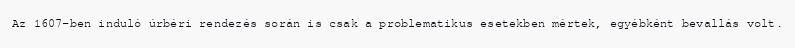
Az 1607-ben induló úrbéri rendezés során is csak a problematikus esetekben mértek, egyébként bevallás volt.